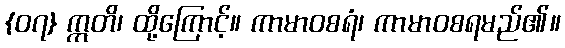
{၀၇} ဣတိ၊ ထို့ကြောင့်။ ကာမာဝစရံ၊ ကာမာဝစရမည်၏။